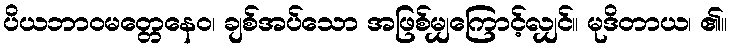
ပိယဘာဝမတ္တေနေဝ၊ ချစ်အပ်သော အဖြစ်မျှကြောင့်လျှင်။ မုဒိတာယ၊ ၏။